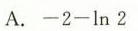
A. $$- 2 - \ln 2$$